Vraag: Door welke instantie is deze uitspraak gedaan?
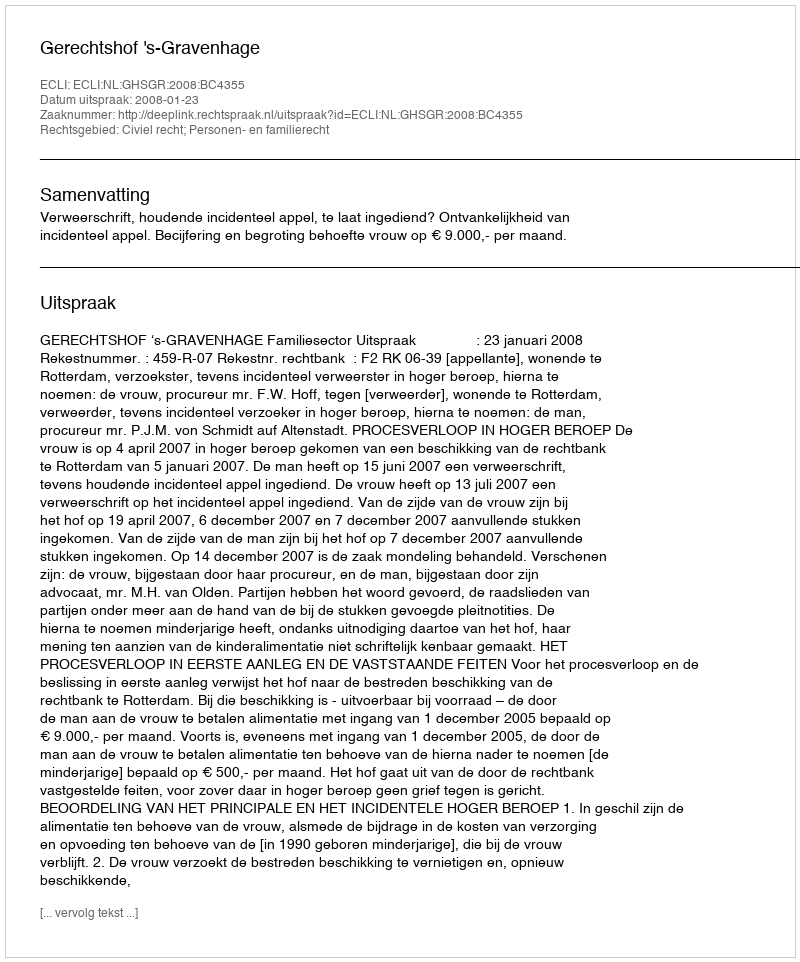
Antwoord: Gerechtshof 's-Gravenhage